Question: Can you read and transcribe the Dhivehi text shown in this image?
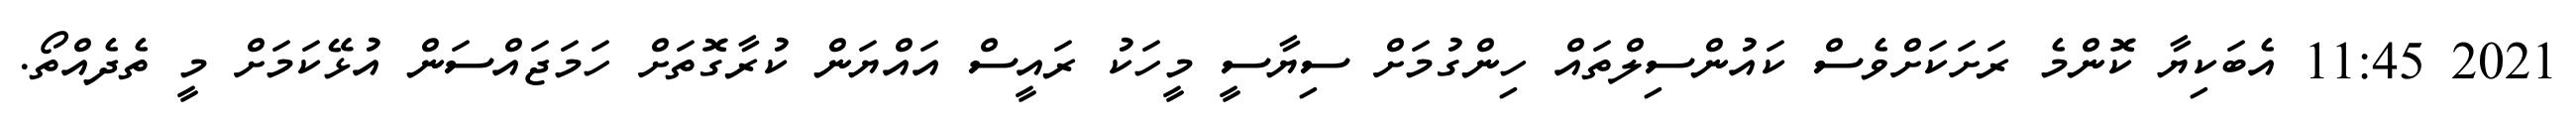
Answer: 2021 11:45 އެބަކިޔާ ކޮންމެ ރަށަކަށްވެސް ކައުންސިލްތައް ހިންގުމަށް ސިޔާސީ މީހަކު ރައީސް އައްޔަން ކުރާގޮތަށް ހަމަޖައްސަން އުޅޭކަމަށް މީ ތެދެއްތޯ.